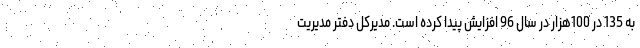
به 135 در 100هزار در سال 96 افزایش پیدا کرده است. مدیرکل دفتر مدیریت